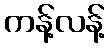
ကန့်လန့်